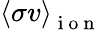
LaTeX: \left<\sigma v\right>_{\mathrm{~i~o~n~}}